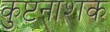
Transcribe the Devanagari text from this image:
कुष्टनाशक